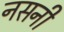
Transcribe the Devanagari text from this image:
नसनी